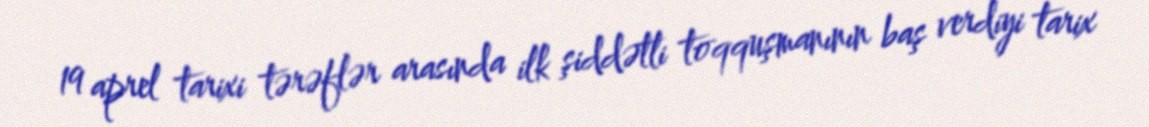
19 aprel tarixi tərəflər arasında ilk şiddətli toqquşmanının baş verdiyi tarix